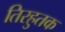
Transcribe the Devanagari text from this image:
तिरहुतक